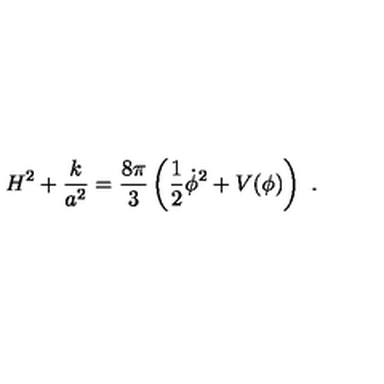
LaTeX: H ^ { 2 } + \frac { k } { a ^ { 2 } } = \frac { 8 \pi } { 3 } \left( \frac { 1 } { 2 } \dot { \phi } ^ { 2 } + V ( \phi ) \right) \ .